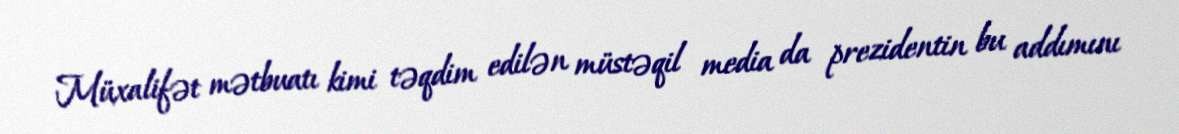
Müxalifət mətbuatı kimi təqdim edilən müstəqil media da prezidentin bu addımını